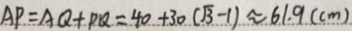
A P = A Q + P Q = 4 0 + 3 0 ( \sqrt { 3 } - 1 ) \approx 6 1 . 9 ( c m )